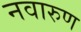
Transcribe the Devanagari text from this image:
नवारुण